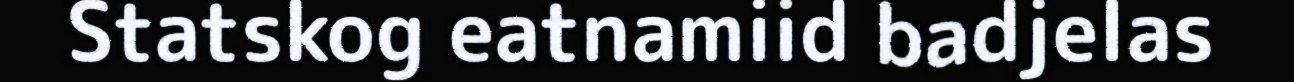
Statskog eatnamiid badjelas